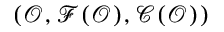
( { \mathcal { O } } , { \mathcal { F } } ( { \mathcal { O } } ) , { \mathcal { C } } ( { \mathcal { O } } ) )